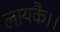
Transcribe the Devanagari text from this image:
लायकै।।